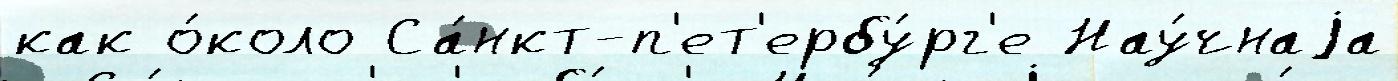
как о́коло Са́нкт-п'ет'ербу́рг'е Нау́чнаjа